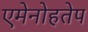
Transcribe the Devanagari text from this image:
एमेनोहतेप